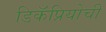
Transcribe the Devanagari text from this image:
डिकॅप्रियोची